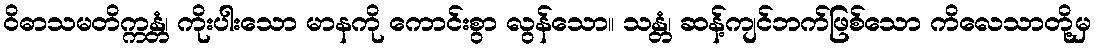
ဝိဓာသမတိက္ကန္တံ၊ ကိုးပါးသော မာနကို ကောင်းစွာ လွန်သော။ သန္တံ၊ ဆန့်ကျင်ဘက်ဖြစ်သော ကိလေသာတို့မှ